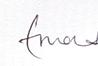
Signature authenticity: genuine